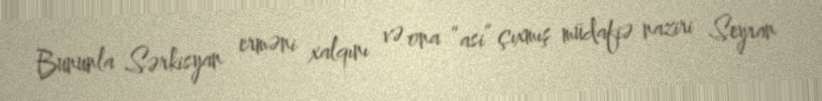
Bununla Sərkisyan erməni xalqını və ona “asi” çıxmış müdafiə naziri Seyran